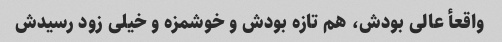
واقعأ عالی بودش، هم تازه بودش و خوشمزه و خیلی زود رسیدش